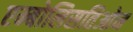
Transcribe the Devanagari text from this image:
एम्बोलिसतिओन